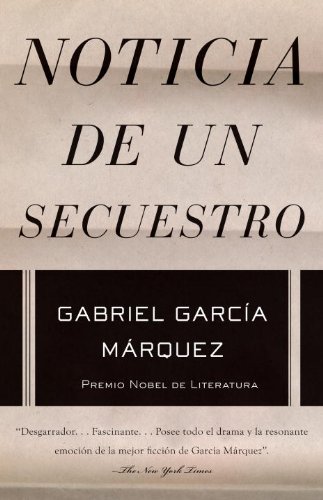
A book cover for Noticia de un secuestro (Spanish Edition); Gabriel GarcÃ­a MÃ¡rquez; Biographies & Memoirs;